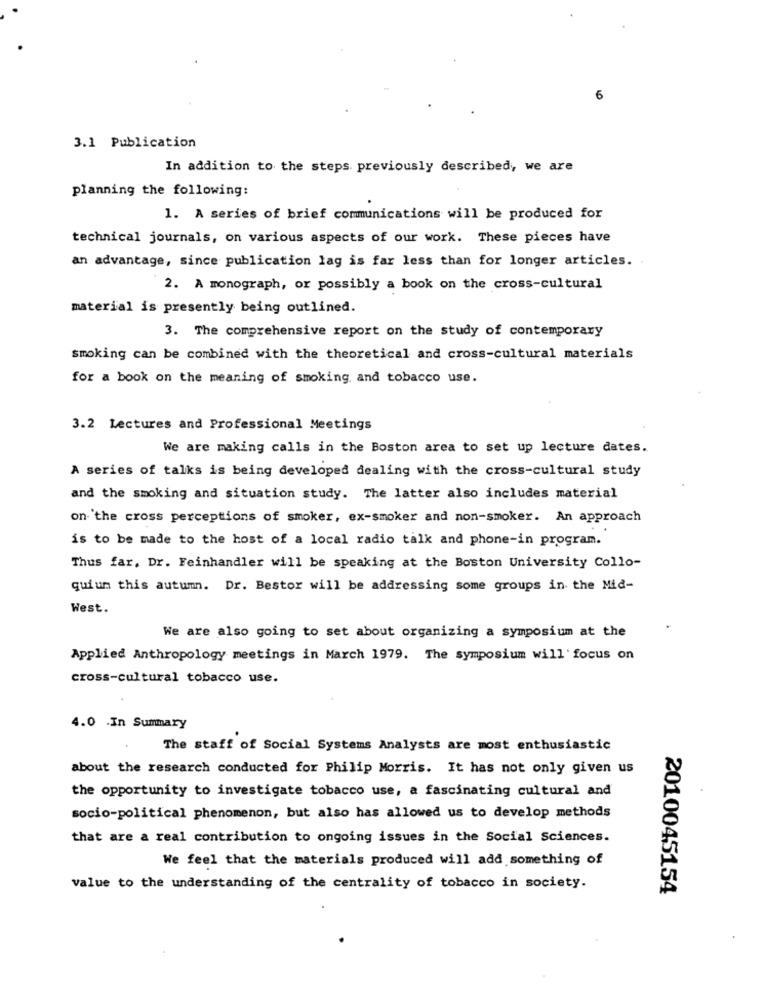
6
3.1 Publication
In addition to the steps. previously described, we are
planning the following:
1. A series of brief communications will be produced for
technical journals, on various aspects of our work. These pieces have
an advantage, since publication lag is far less than for longer articles.
2. A monograph, or possibly a book on the cross-cultural
material is presently being outlined.
3. The comprehensive report on the study of contemporary
smoking can be combined with the theoretical and cross-cultural materials
for a book on the meaning of smoking, and tobacco use.
3.2 Lectures and Professional Meetings
We are making calls in the Boston area to set up lecture dates.
A series of talks is being developed dealing with the cross-cultural study
and the smoking and situation study. The latter also includes material
on 'the cross perceptions of smoker, ex-smoker and non-smoker. An approach
is to be made to the host of a local radio talk and phone-in program.
Thus far, Dr. Feinhandler will be speaking at the Boston University Collo-
quium this autumn. Dr. Bestor will be addressing some groups in the Mid-
West.
We are also going to set about organizing a symposium at the
Applied Anthropology meetings in March 1979. The symposium will focus on
cross-cultural tobacco use.
4.0 .In Summary
The staff of Social Systems Analysts are most enthusiastic
about the research conducted for Philip Morris. It has not only given us
the opportunity to investigate tobacco use, a fascinating cultural and
socio-political phenomenon, but also has allowed us to develop methods
that are a real contribution to ongoing issues in the Social Sciences.
We feel that the materials produced will add something of
value to the understanding of the centrality of tobacco in society.
2010045154